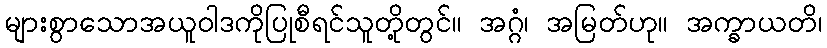
များစွာသောအယူဝါဒကိုပြုစီရင်သူတို့တွင်။ အဂ္ဂံ၊ အမြတ်ဟု။ အက္ခာယတိ၊